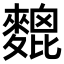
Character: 𪍜